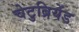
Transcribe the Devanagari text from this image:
चेटुब्रियेंड